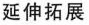
延伸拓展